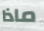
ماذا